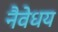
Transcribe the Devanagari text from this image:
नैवेधय